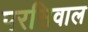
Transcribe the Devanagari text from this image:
परसिवाल